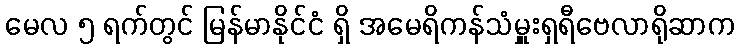
မေလ ၅ ရက်တွင် မြန်မာနိုင်ငံ ရှိ အမေရိကန်သံမှူးရှရီဗေလာရိုဆာက